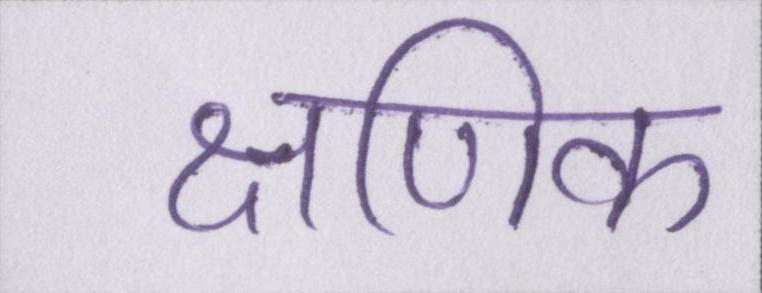
क्षणिक